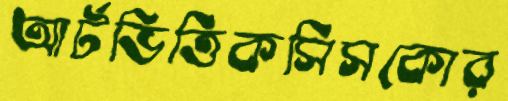
আর্টভিত্তিকসিসকোর